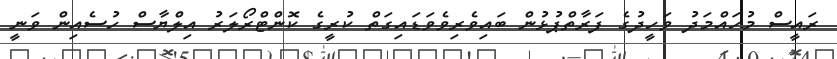
ރައީސް މުހައްމަދު ވަހީދުގެ ފަރާތްޕުޅުން ބައިވެރިވެވަޑައިގަތް ކުރީގެ ކޮންޓްރޯލަރު އިލްޔާސް ހުސެއިން ވަނީ